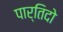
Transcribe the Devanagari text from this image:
पार्तिदो